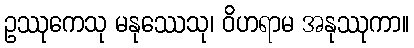
ဥဿုကေသု မနုဿေသု၊ ဝိဟရာမ အနုဿုကာ။